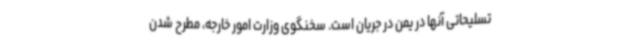
تسلیحاتی آنها در یمن در جریان است. سخنگوی وزارت امور خارجه، مطرح شدن